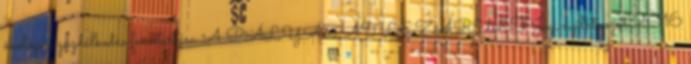
ökológiai gazdálkodás fenntartása A PÁLYÁZAT LEZÁRULT Jogi nyilatkozat 2016